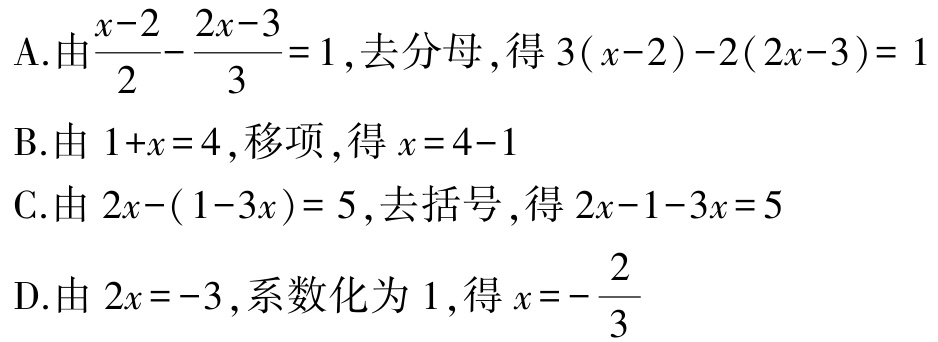
A.由$\frac{x - 2}{2} - \frac{2x - 3}{3} = 1$,去分母,得$3(x - 2) - 2(2x - 3) = 1$

B.由$1 + x = 4$,移项,得$x = 4 - 1$

C.由$2x - (1 - 3x) = 5$,去括号,得$2x - 1 - 3x = 5$

D.由$2x = - 3$,系数化为$1$,得$x = - \frac{2}{3}$